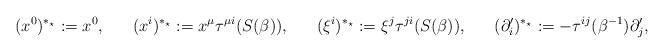
LaTeX: \begin{align*} (x^0)^{*_\star}:=x^0,~~~~~ (x^i)^{*_\star}:=x^\mu\tau^{\mu i}(S(\beta)),~~~~~ (\xi^i)^{*_\star}:=\xi^j\tau^{ji}(S(\beta)),~~~~~ (\partial'_i)^{*_\star}:=-\tau^{ij}(\beta^{-1})\partial'_j,\end{align*}